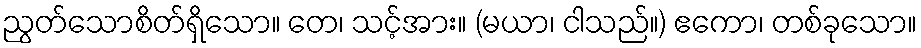
ညွတ်သောစိတ်ရှိသော။ တေ၊ သင့်အား။ (မယာ၊ ငါသည်။) ဧကော၊ တစ်ခုသော။